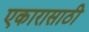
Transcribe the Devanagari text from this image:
एकारासाठी